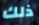
ذلك